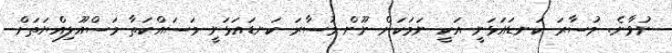
ނުވާނެ. މުސާރަ ކަނޑައަޅަނީ އަކީ ނަމަކަށް ނޫން މުސާރަ ކަނޑައަޅަނީ މަސައްކަތާ މަސްއޫލިއްޔަތަށް